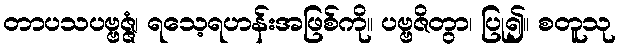
တာပသပဗ္ဗဇ္ဇံ၊ ရသေ့ရဟန်းအဖြစ်ကို။ ပဗ္ဗဇိတွာ၊ ပြု၍။ စတူသု